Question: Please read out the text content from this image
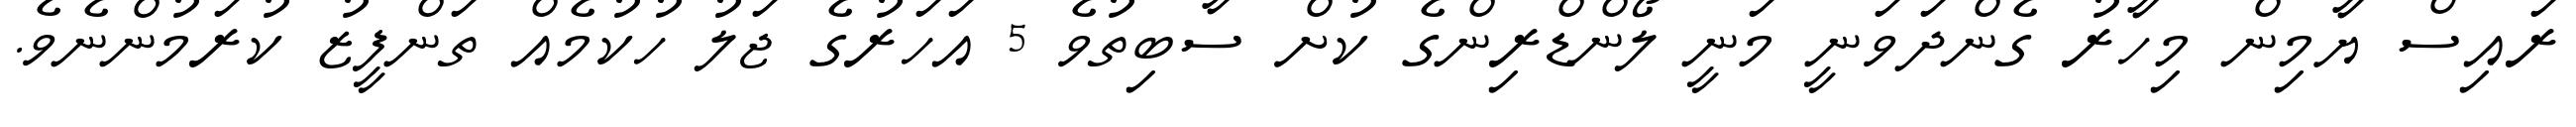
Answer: ރައިސް ޔާމިން މިހާރު ގެންދަވަނީ މަނީ ލޯންޑްރިންގެ ކުށް ސާބިތުވެ 5 އަހަރުގެ ޖަލު ހުކުމެއް ތަންފީޒު ކުރަމުންނެވެ.